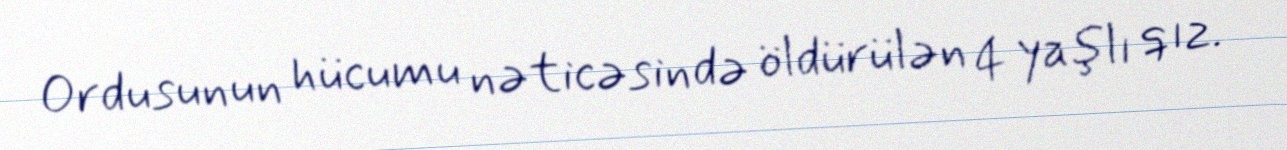
Ordusunun hücumu nəticəsində öldürülən 4 yaşlı qız.